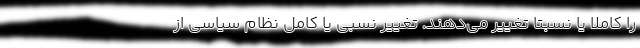
را کاملا یا نسبتا تغییر می‌دهند. تغییر نسبی یا کامل نظام سیاسی از